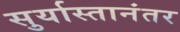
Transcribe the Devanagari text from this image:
सुर्यास्तानंतर